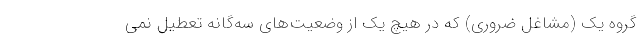
گروه یک (مشاغل ضروری) که در هیچ یک از وضعیت‌های سه‌گانه تعطیل نمی